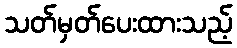
သတ်မှတ်ပေးထားသည့်